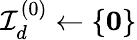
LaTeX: {\mathcal{I}}_{d}^{(0)}\gets\{ {\boldsymbol{0}}\}